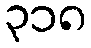
၃၁၈